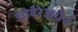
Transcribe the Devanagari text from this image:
ओबैरेअधैन